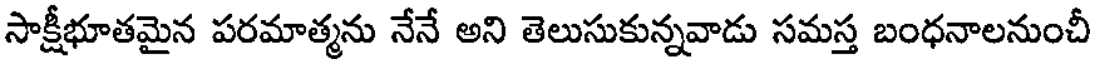
సాక్షీభూతమైన పరమాత్మను నేనే అని తెలుసుకున్నవాడు సమస్త బంధనాలనుంచీ